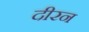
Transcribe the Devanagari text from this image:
दीरन